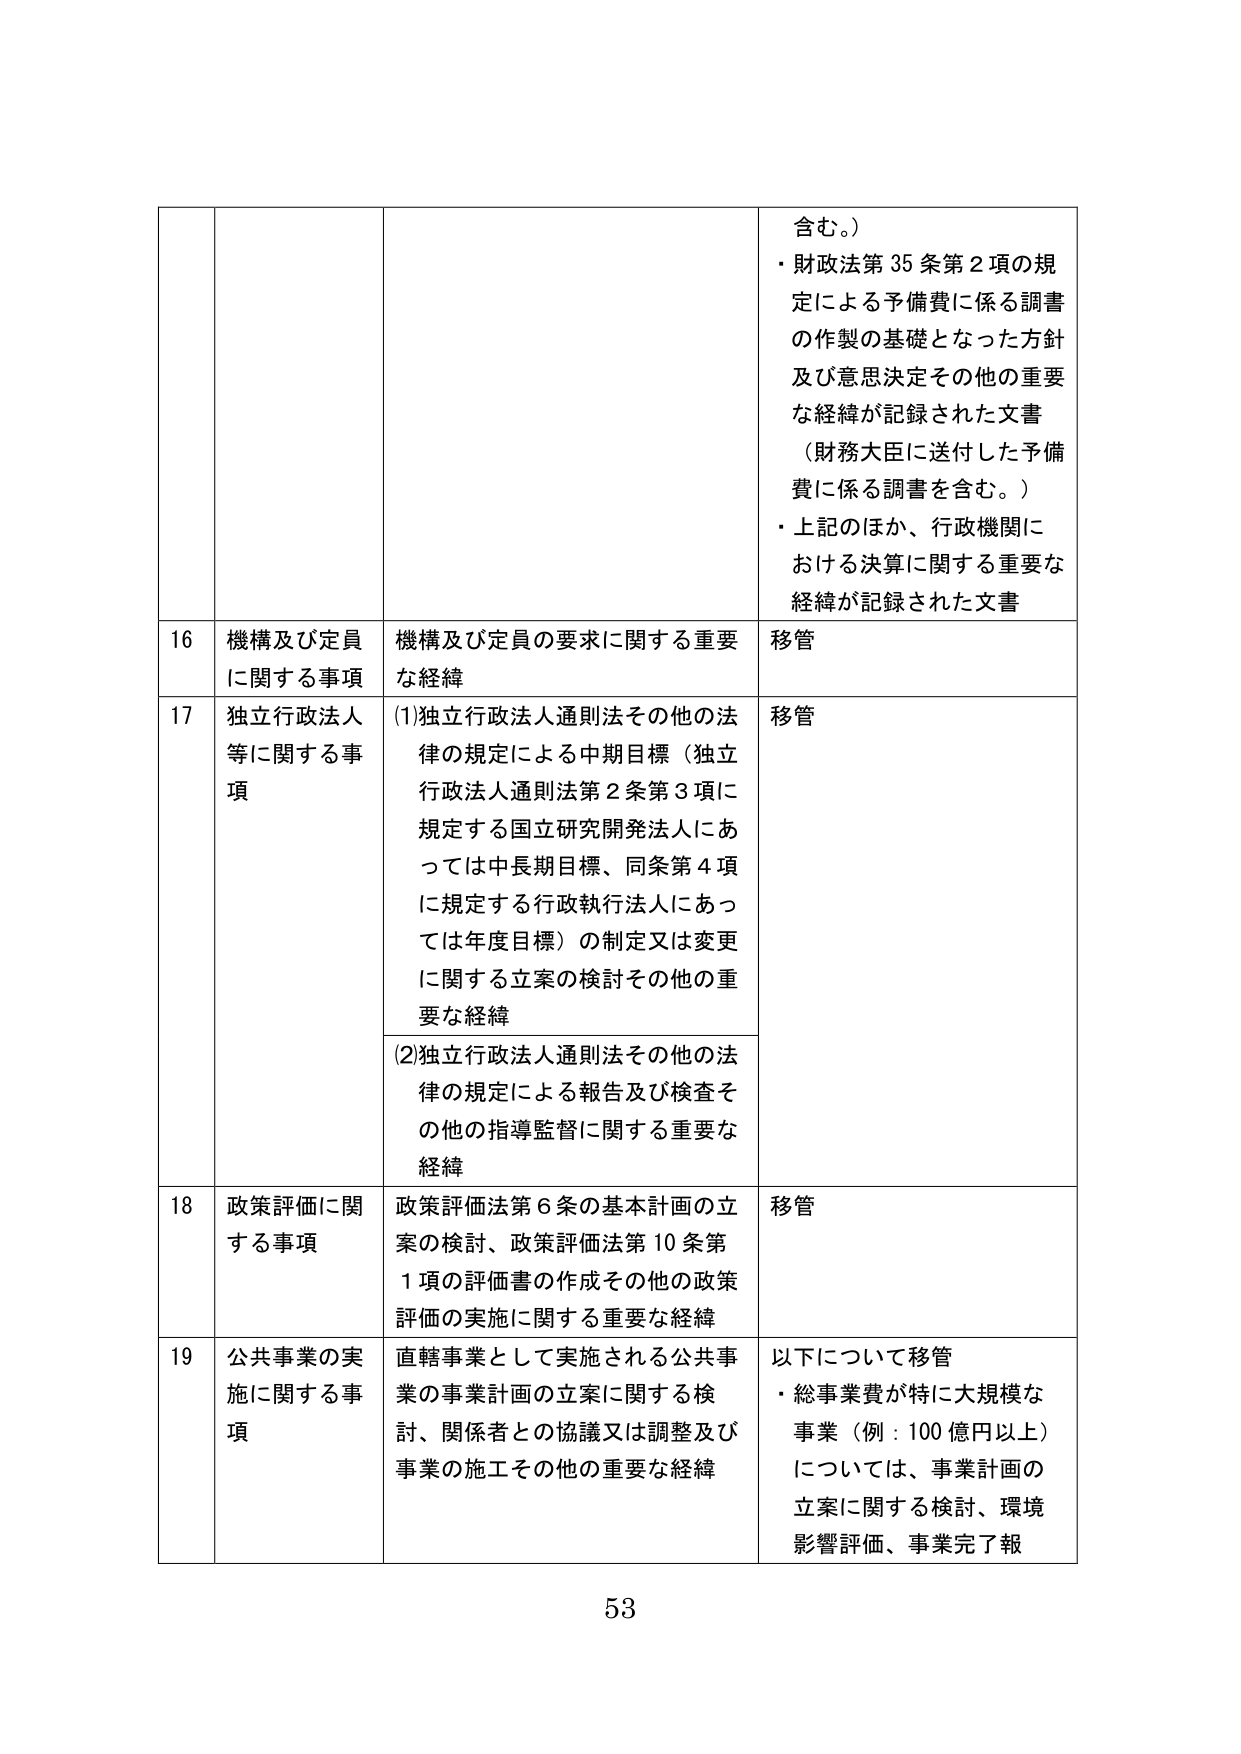
含む。）
・財政法第35条第2項の規定による予備費に係る調書の作製の基礎となった方針及び意思決定その他の重要な経緯が記録された文書（財務大臣に送付した予備費に係る調書を含む。）
・上記のほか、行政機関における決算に関する重要な経緯が記録された文書

16 機構及び定員に関する事項 機構及び定員の要求に関する重要な経緯 移管

17 独立行政法人等に関する事項 (1)独立行政法人通則法その他の法律の規定による中期目標（独立行政法人通則法第2条第3項に規定する国立研究開発法人にあっては中長期目標、同条第4項に規定する行政執行法人にあっては年度目標）の制定又は変更に関する立案の検討その他の重要な経緯 移管

(2)独立行政法人通則法その他の法律の規定による報告及び検査その他の指導監督に関する重要な経緯

18 政策評価に関する事項 政策評価法第6条の基本計画の立案の検討、政策評価法第10条第1項の評価書の作成その他の政策評価の実施に関する重要な経緯 移管

19 公共事業の実施に関する事項 直轄事業として実施される公共事業の事業計画の立案に関する検討、関係者との協議又は調整及び事業の施工その他の重要な経緯 以下について移管
・総事業費が特に大規模な事業（例：100億円以上）については、事業計画の立案に関する検討、環境影響評価、事業完了報

53